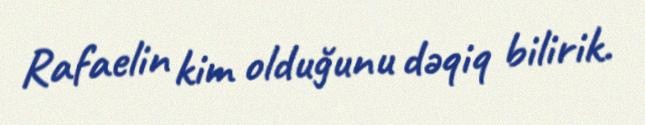
Rafaelin kim olduğunu dəqiq bilirik.